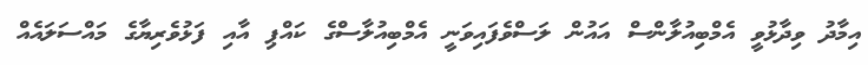
އިމާދު ވިިދާޅުވީ އެމްބިއުލާންސް އައުން ލަސްވެފައިވަނީ އެމްބިއުލާސްގެ ކައްޕި އާއި ފަޅުވެރިޔާގެ މައްސަލައެއް